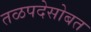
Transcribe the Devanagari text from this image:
तळपदेसोबत